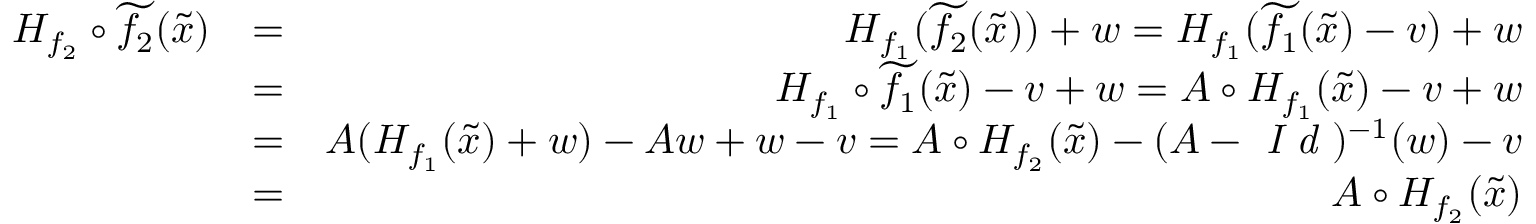
\begin{array} { r l r } { H _ { f _ { 2 } } \circ \widetilde { f _ { 2 } } ( \widetilde { x } ) } & { = } & { H _ { f _ { 1 } } ( \widetilde { f _ { 2 } } ( \widetilde { x } ) ) + w = H _ { f _ { 1 } } ( \widetilde { f _ { 1 } } ( \widetilde { x } ) - v ) + w } \\ & { = } & { H _ { f _ { 1 } } \circ \widetilde { f _ { 1 } } ( \widetilde { x } ) - v + w = A \circ H _ { f _ { 1 } } ( \widetilde { x } ) - v + w } \\ & { = } & { A ( H _ { f _ { 1 } } ( \widetilde { x } ) + w ) - A w + w - v = A \circ H _ { f _ { 2 } } ( \widetilde { x } ) - ( A - \textit { I d } ) ^ { - 1 } ( w ) - v } \\ & { = } & { A \circ H _ { f _ { 2 } } ( \widetilde { x } ) } \end{array}